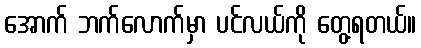
အောက် ဘက်လောက်မှာ ပင်လယ်ကို တွေ့ရတယ်။